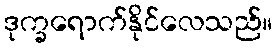
ဒုက္ခရောက်နိုင်လေသည်။